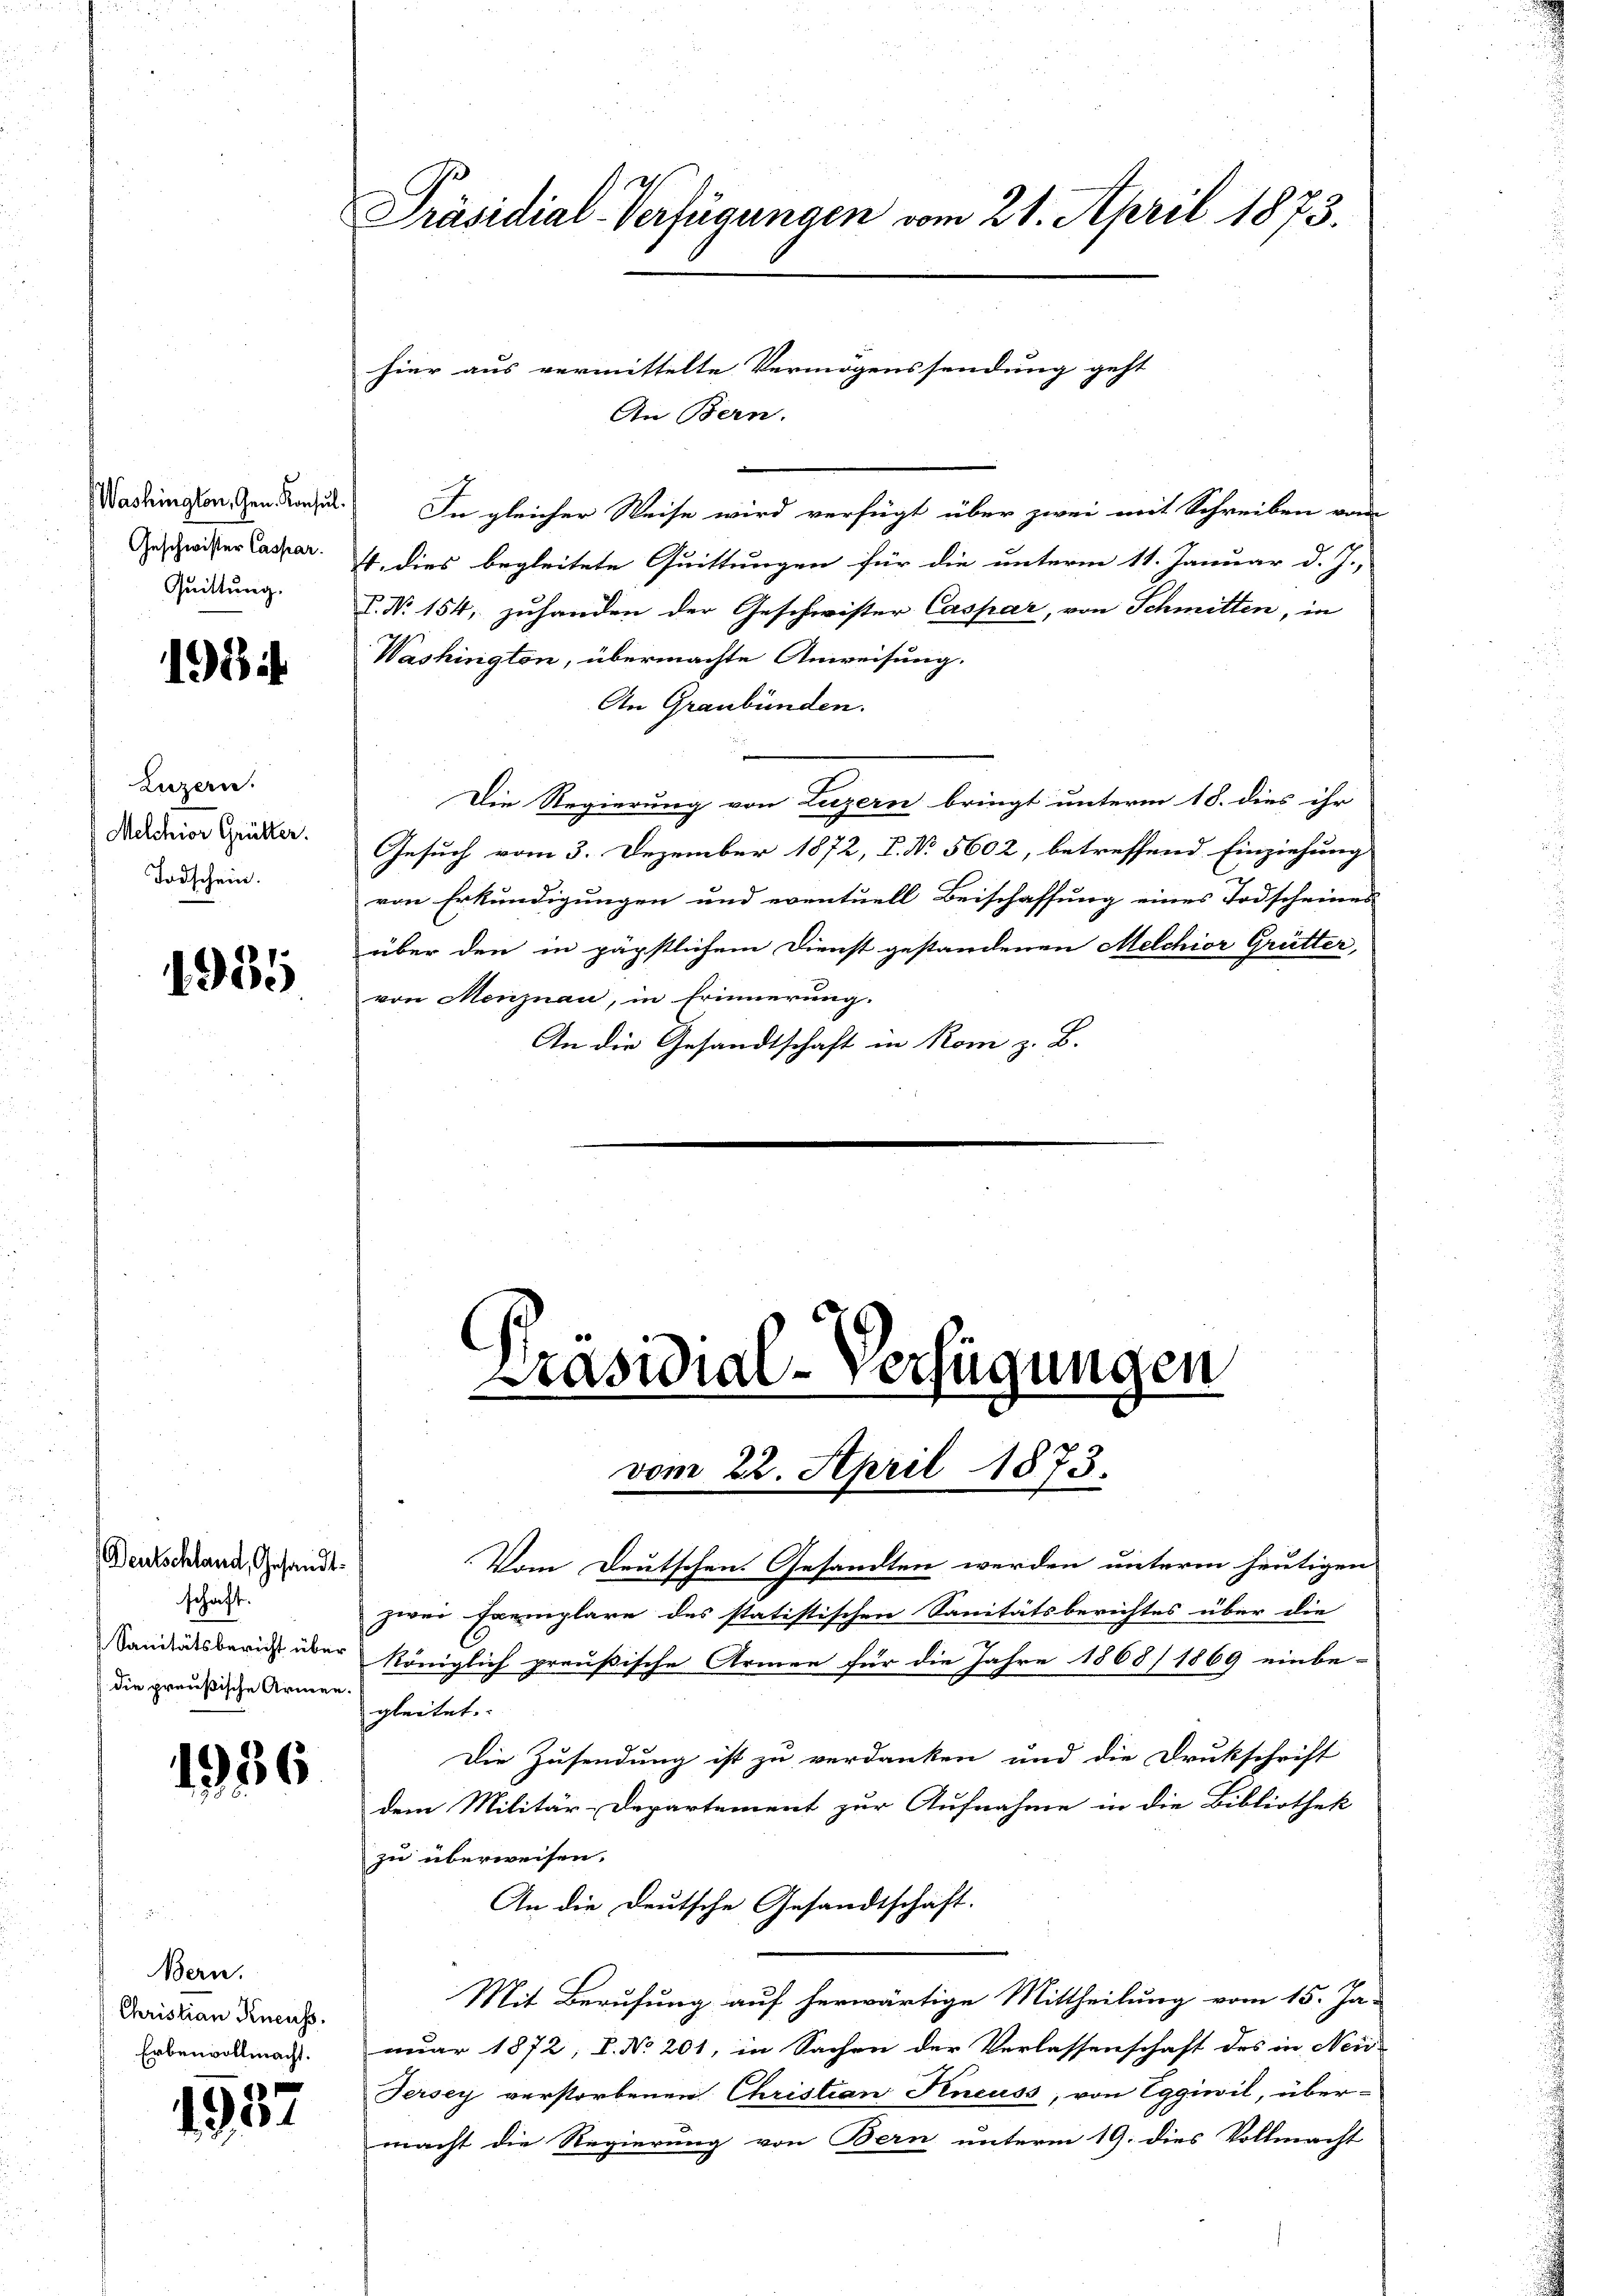
Washington, Gen. Konsul
Geschwister Caspar
Quittung.

1984.

Luzern.
Melchior Grütter.
Todschein.

1935

Deutschland, Gesandt.
schaft.
Sanitätsbericht über
die preußische Armen.

1936

Bern.
Christian Kneuss.
Erbenvollmacht.

1957

Präsidial-Verfügungen vom 21. April 1873.

hier aus vermittelte Vermögenssendung geht
An Bern.
In gleicher Weise wird verfügt über zwei mit Schreiben vom
4. dies begleitete Quittungen für die unterm 11. Januar d. J.,
L. N. 154, zuhanden der Geschwister Caspar, von Schmitten, in
Washington, übermachte Anweisung.
An Graubünden.
Die Regierung von Luzern bringt unterm 18. dies ihr
Gesuch vom 3. Dezember 1872, I. No 5602, betreffend Einziehung
von Erkundigungen und eventuell Beischaffung eines Todscheines
über den in päpstlichem Dienst gestandenen Melchior Grütter,
von Menznau, in Erinnerung.
An die Gesandtschaft in Rom z. B.

Präsidial-Verfügungen

vom 22. April 1873.

Vom Deutschen. Gesandten werden unterm heutigen
zwei Exemplare des statistischen Sanitätsberichtes über die
königlich preußische Armen für die Jahre 1868/ 1869 einbe-
gleitet. |
Die Zusendung ist zu verdanken und die Drukschrift
dem Militär-Departement zur Aufnahme in die Bibliothek
zu überweisen.
An die Deutsche Gesandtschaft.
Mit Berufung auf herwärtige Mittheilung vom 15. Ja-
nuar 1872, S. Nr. 201, in Sachen der Verlassenschaft des in Neid-
Jersey verstorbenen Christian Kneuss, von Eggiwil, über-
macht die Regierung von Bern unterm 19. dies Vollmacht